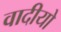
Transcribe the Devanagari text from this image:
वादीयो